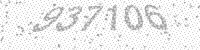
Solution: 937106